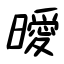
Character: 曖